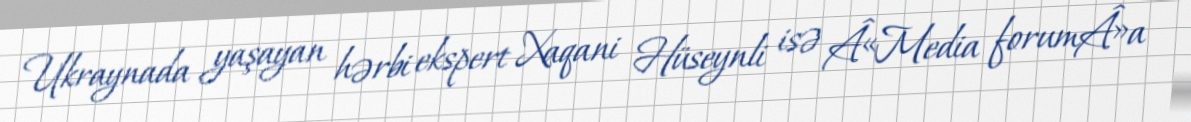
Ukraynada yaşayan hərbi ekspert Xaqani Hüseynli isə Â«Media forumÂ»a